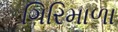
ગિરિમાળા